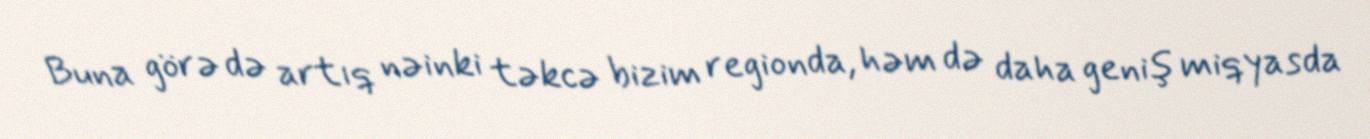
Buna görə də artıq nəinki təkcə bizim regionda, həm də daha geniş miqyasda